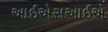
આઈએસઆઈએ